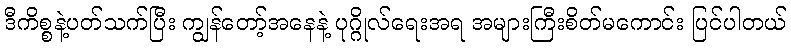
ဒီကိစ္စနဲ့ပတ်သက်ပြီး ကျွန်တော့်အနေနဲ့ ပုဂ္ဂိုလ်ရေးအရ အများကြီးစိတ်မကောင်း ပြင်ပါတယ်